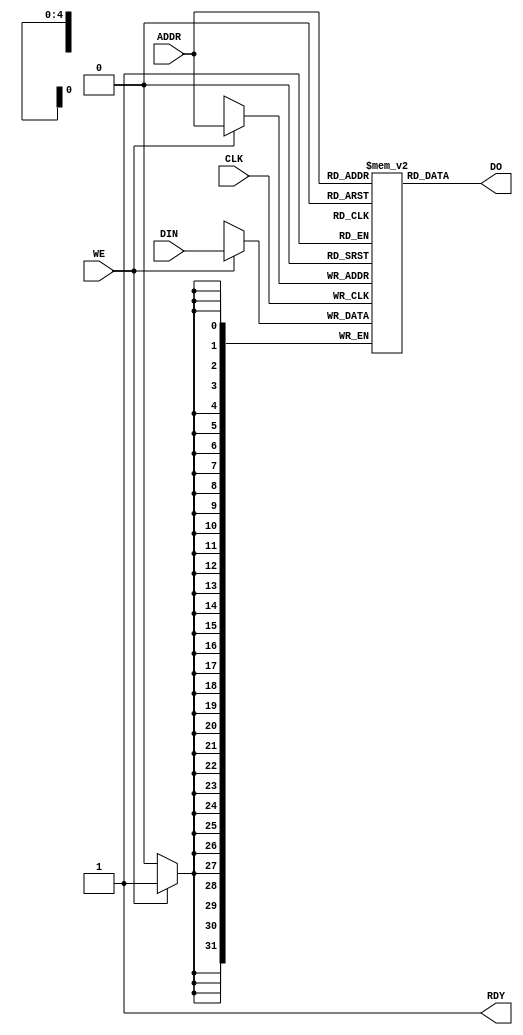
`timescale 1ns / 1ps

module CacheMemory(ADDR,WE,CLK,DIN,DO,RDY);
	
	input [31:0] DIN;
	input [4:0] ADDR;
	input WE,CLK;
	output [31:0] DO;
	output RDY;
	
	reg [31:0] memory [31:0];
	
	always @(posedge CLK)
	begin
		if (WE) begin
			memory[ADDR] <= DIN;
		end
	end
	
	assign RDY = 1'b1;
	assign DO = memory[ADDR];
	
endmodule